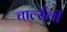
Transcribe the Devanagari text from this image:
चार्ल्सली